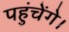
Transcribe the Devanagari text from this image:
पहुंचेंगे।